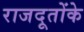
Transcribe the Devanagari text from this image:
राजदूतोंके